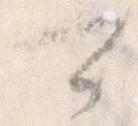
可